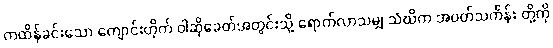
ကထိန်ခင်းသော ကျောင်းတိုက် ဝါဆိုခေတ်အတွင်းသို့ ရောက်လာသမျှ သံဃိက အဝတ်သင်္ကန်း တို့ကို